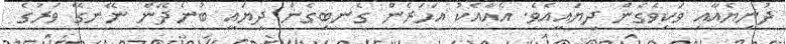
ދުނިޔެއާއި ވަކިވެގެން ދިޔައީއެވެ. އެއާއެކު އަހަރެން ގެނބިގެން ދިޔައީ ބުނެދޭން ނޭނގޭ ވަރުގެ